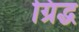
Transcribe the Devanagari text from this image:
ग्रिद्ध